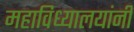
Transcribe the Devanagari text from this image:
महाविध्यालयांनी